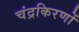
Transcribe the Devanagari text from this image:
चंद्रकिरणों